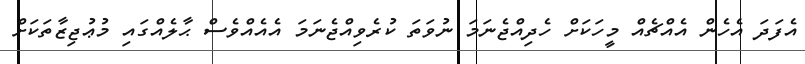
އެފަދަ އެހެން އެއްޗެއް މީހަކަށް ހެދިއްޖެނަމަ ނުވަތަ ކުރެވިއްޖެނަމަ އެއެއްވެސް ޙާލެއްގައި މުޢުޖިޒާތަކަށް